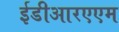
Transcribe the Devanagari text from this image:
ईडीआरएएम